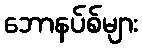
ဘောနပ်စ်များ